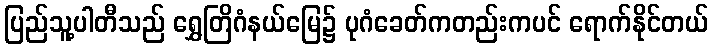
ပြည်သူ့ပါတီသည် ရွှေတြိဂံနယ်မြေ၌ ပုဂံခေတ်ကတည်းကပင် ရောက်နိုင်တယ်